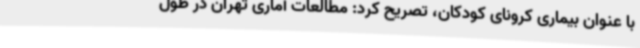
با عنوان بیماری کرونای کودکان، تصریح کرد: مطالعات آماری تهران در طول